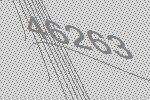
46263